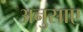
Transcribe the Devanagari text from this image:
अनुसाए